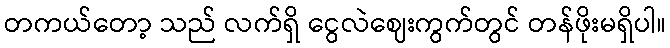
တကယ်တော့ သည် လက်ရှိ ငွေလဲဈေးကွက်တွင် တန်ဖိုးမရှိပါ။